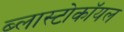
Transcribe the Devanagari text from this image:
ब्लास्टोकॉयल